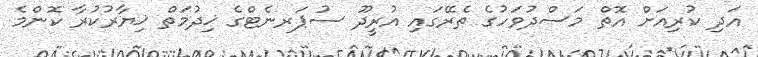
އަދި ކުރިއަށް އޮތް މަސްދުވަހުގެ ތެރޭގައި އުރީދޫ ސުޕަރނެޓްގެ ޚިދުމަތް ޚިޔާރުކުރާ ކޮންމެ